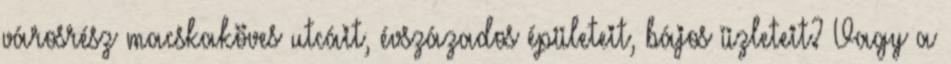
városrész macskaköves utcáit, évszázados épületeit, bájos üzleteit? Vagy a